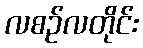
လစဉ်လတိုင်း